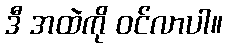
ဒီ အထဲကို ဝင်လာပါ။